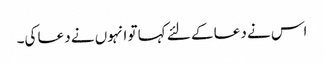
اس نے دعا کے لئے کہا تو انہوں نے دعا کی۔